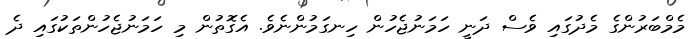
މެމްބަރުންގެ މެދުގައި ވެސް ދަނީ ހަމަނުޖެހުން ހިނގަމުންނެވެ. އެގޮތުން މި ހަމަނުޖެހުންތަކުގައި ދެ